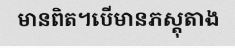
មានពិត។បើមានភស្តុតាង